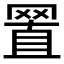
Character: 𦋘